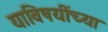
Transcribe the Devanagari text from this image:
याविषयींच्या